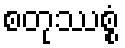
စတုဿစ္စံ